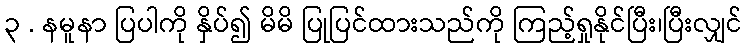
၃ . နမူနာ ပြပါကို နှိပ်၍ မိမိ ပြုပြင်ထားသည်ကို ကြည့်ရှုနိုင်ပြီး၊ပြီးလျှင်